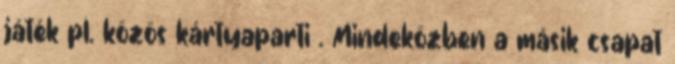
játék pl. közös kártyaparti . Mindeközben a másik csapat